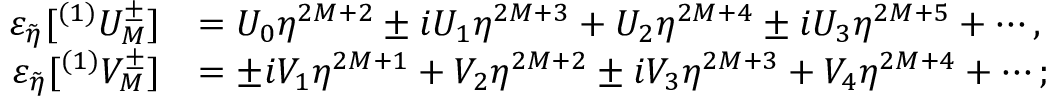
\begin{array} { r l } { \varepsilon _ { \tilde { \eta } } [ ^ { ( 1 ) } U _ { M } ^ { \pm } ] } & { = U _ { 0 } \eta ^ { 2 M + 2 } \pm i U _ { 1 } \eta ^ { 2 M + 3 } + U _ { 2 } \eta ^ { 2 M + 4 } \pm i U _ { 3 } \eta ^ { 2 M + 5 } + \cdots , } \\ { \varepsilon _ { \tilde { \eta } } [ ^ { ( 1 ) } V _ { M } ^ { \pm } ] } & { = \pm i V _ { 1 } \eta ^ { 2 M + 1 } + V _ { 2 } \eta ^ { 2 M + 2 } \pm i V _ { 3 } \eta ^ { 2 M + 3 } + V _ { 4 } \eta ^ { 2 M + 4 } + \cdots ; } \end{array}